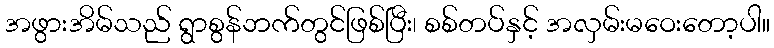
အဖွားအိမ်သည် ရွာစွန်ဘက်တွင်ဖြစ်ပြီး၊ စစ်တပ်နှင့် အလှမ်းမဝေးတော့ပါ။